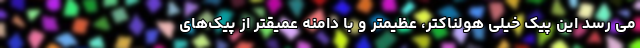
می رسد این پیک خیلی هولناکتر، عظیمتر و با دامنه عمیقتر از پیک‌های